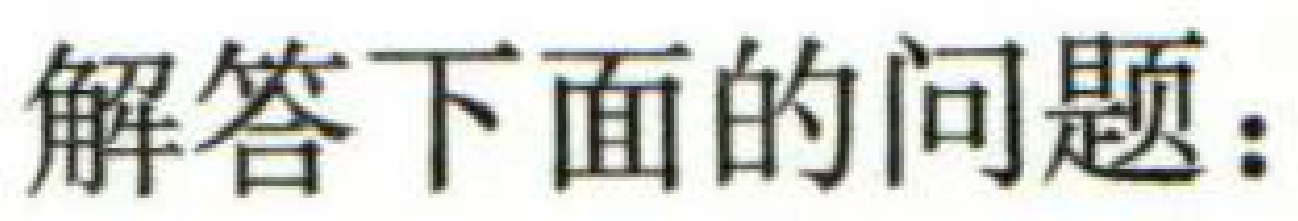
解答下面的问题：